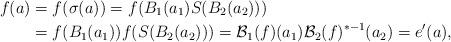
LaTeX: \begin{align*}f(a)&=f(\sigma(a))=f(B_1(a_1)S(B_2(a_2)))\\&=f(B_1(a_1))f(S(B_2(a_2)))=\mathcal{B}_1(f)(a_1)\mathcal{B}_2(f)^{\ast -1}(a_2)=e'(a),\end{align*}